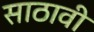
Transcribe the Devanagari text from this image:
साठावी